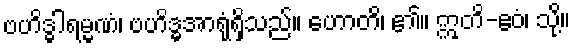
ဗဟိဒ္ဓါရမ္မဏံ၊ ဗဟိဒ္ဓအာရုံရှိသည်။ ဟောတိ၊ ၏။ ဣတိ-ဧဝံ၊ သို့။